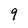
Character: 9